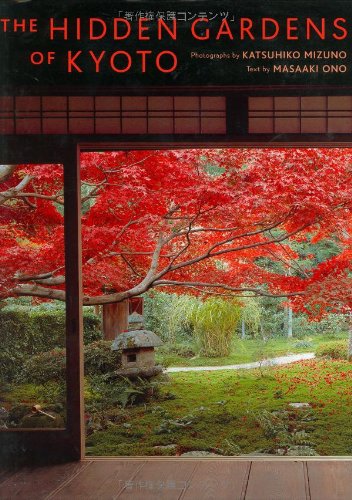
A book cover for The Hidden Gardens of Kyoto; Masaaki Ono; Crafts, Hobbies & Home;